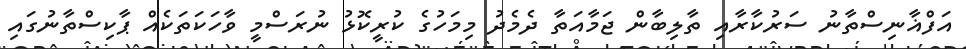
އަފްޣާނިސްތާނު ސަރުކާރާއި ތާލިބާން ޖަމާއަތާ ދެމެދު މިމަހުގެ ކުރީކޮޅު ނުރަސްމީ ވާހަކަތަކެއް ޕާކިސްތާނުގައި